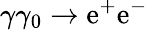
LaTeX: \gamma\gamma_{0}\rightarrow\mathrm{e}^{+}\mathrm{e}^{-}